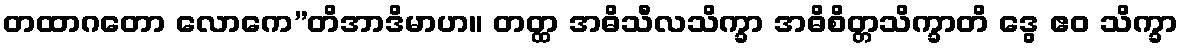
တထာဂတော လောကေ”တိအာဒိမာဟ။ တတ္ထ အဓိသီလသိက္ခာ အဓိစိတ္တသိက္ခာတိ ဒွေ ဧဝ သိက္ခာ